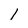
Character: 1